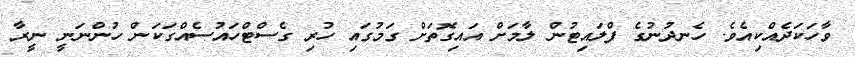
ވާހަކަދެއްކިއެވެ. ހެނދުނުގެ ފްލައިޓުން ލާމަށް އައިގޮތަށް ގަމުގައި ހުރި ގެސްޓްހައުސެއްގަކަން ހުންނަނީ ނީރާ